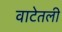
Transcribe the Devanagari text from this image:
वाटेतली